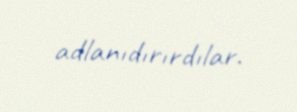
adlanıdırırdılar.